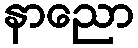
နာညော